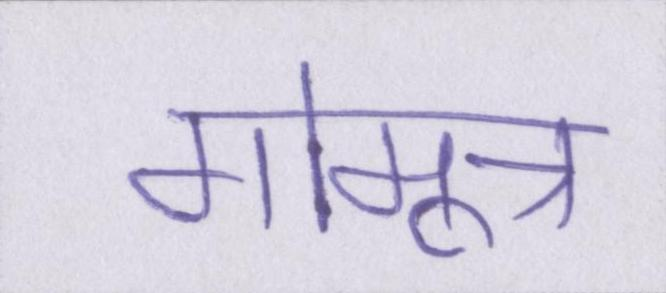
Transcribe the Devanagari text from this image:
गोमूत्र